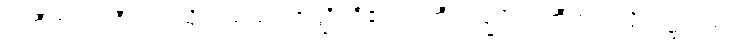
ပဏီတံ၊ ပဏီတကုသိုလ်သည်။ အတ္ထိ၊ ရှိ၏။ ပဏီတသ္မိံပိ၊ ပဏီတကုသိုလ်၌လည်း။